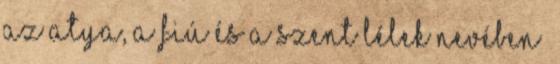
az Atya, a Fiú és a Szent lélek nevében”